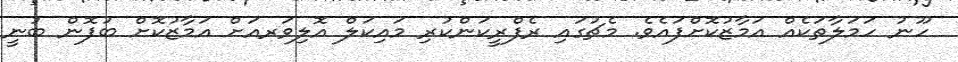
ހޫނު ހަމަލާތަކެއް އަމާޒުކޮށްފައެވެ. މެޗުގައި ރެފްރީކަންކުރި މައިކަލް އޮލިވަރއަށް އަމާޒުކޮށް ބުފޮން ބުނީ